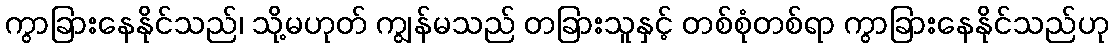
ကွာခြားနေနိုင်သည်၊ သို့မဟုတ် ကျွန်မသည် တခြားသူနှင့် တစ်စုံတစ်ရာ ကွာခြားနေနိုင်သည်ဟု